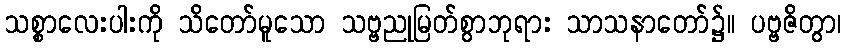
သစ္စာလေးပါးကို သိတော်မူသော သဗ္ဗညုမြတ်စွာဘုရား သာသနာတော်၌။ ပဗ္ဗဇိတွာ၊